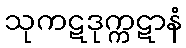
သုကဋဒုက္ကဋာနံ